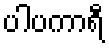
ပါပကာရီ